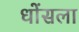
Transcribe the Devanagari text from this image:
धोंसला